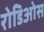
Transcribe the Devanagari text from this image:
रोडिओस